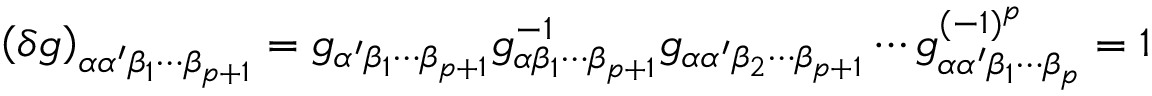
\left( \delta g \right) _ { \alpha \alpha ^ { \prime } \beta _ { 1 } \cdots \beta _ { p + 1 } } = g _ { \alpha ^ { \prime } \beta _ { 1 } \cdots \beta _ { p + 1 } } g _ { \alpha \beta _ { 1 } \cdots \beta _ { p + 1 } } ^ { - 1 } g _ { \alpha \alpha ^ { \prime } \beta _ { 2 } \cdots \beta _ { p + 1 } } \cdots g _ { \alpha \alpha ^ { \prime } \beta _ { 1 } \cdots \beta _ { p } } ^ { ( - 1 ) ^ { p } } = 1